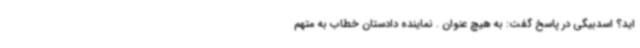
اید؟ اسدبیگی در پاسخ گفت: به هیچ عنوان . نماینده دادستان خطاب به متهم